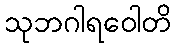
သုဘဂါရဝေါတိ